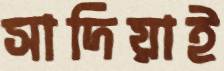
সাদিয়াই